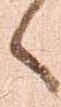
へ